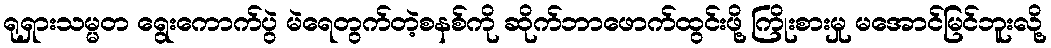
ရုရှားသမ္မတ ရွေးကောက်ပွဲ မဲရေတွက်တဲ့စနစ်ကို ဆိုက်ဘာဖောက်ထွင်းဖို့ ကြိုးစားမှု မအောင်မြင်ဘူးလို့